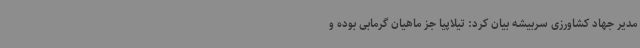
مدیر جهاد کشاورزی سربیشه بیان کرد: تیلاپیا جز ماهیان گرمابی بوده و